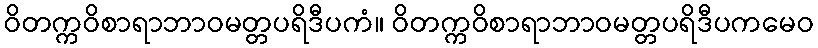
ဝိတက္ကဝိစာရာဘာဝမတ္တပရိဒီပကံ။ ဝိတက္ကဝိစာရာဘာဝမတ္တပရိဒီပကမေဝ